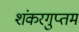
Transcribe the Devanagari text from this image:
शंकरगुप्तम